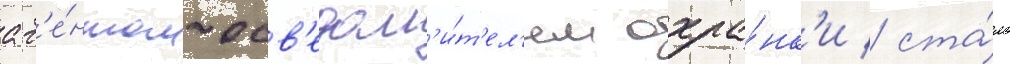
аг'е́нтом-осв'едом'и́т'ел'ем охра́нк'и / ста́ло